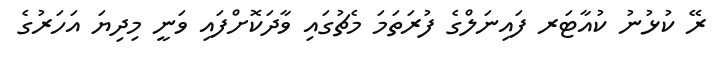
ރޭ ކުޅުނު ކުއާޓަރ ފައިނަލްގެ ފުރަތަމަ މެޗުގައި ވާދަކޮށްފައި ވަނީ މިދިޔަ އަހަރުގެ